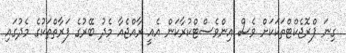
ގިނަ ޕްރޮޖެކްޓްތަކަކަށް ވެސް އިންވެސްޓްކުރާކަން އެއީ ރާއްޖެއާ މެދު ބޭރުގެ ފަރާތްތަކުގެ މެދުގައި